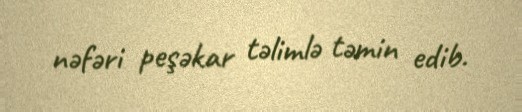
nəfəri peşəkar təlimlə təmin edib.